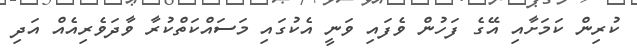
ކުރިން ކަމަށާއި އޭގެ ފަހުން ވެފައި ވަނީ އެކުގައި މަސައްކަތްކުރާ ވާދަވެރިއެއް އަދި